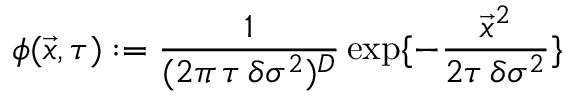
\phi ( \vec { x } , \tau ) : = \frac { 1 } { ( 2 \pi \, \tau \, \delta \sigma ^ { 2 } ) ^ { D } } \exp \{ - \frac { \vec { x } ^ { 2 } } { 2 \tau \, \delta \sigma ^ { 2 } } \}